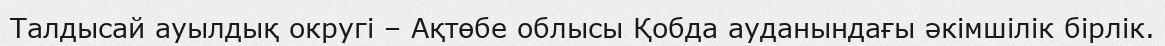
Талдысай ауылдық округі – Ақтөбе облысы Қобда ауданындағы әкімшілік бірлік.